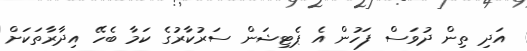
އަދި ތިން ދުވަސް ފަހުން އެ ޕެޓިޝަން ސަރުކާރުގެ ކަމާ ބެހޭ އިދާރާތަކަށް